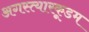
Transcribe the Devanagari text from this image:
अगस्त्यारकूडम